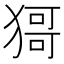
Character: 𤠙